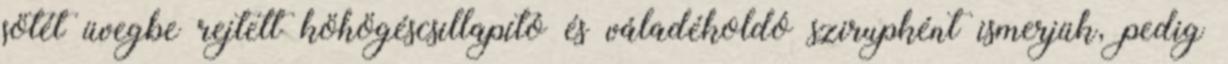
sötét üvegbe rejtett köhögéscsillapító és váladékoldó szirupként ismerjük, pedig